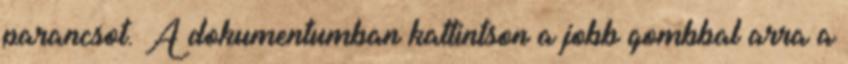
parancsot. A dokumentumban kattintson a jobb gombbal arra a